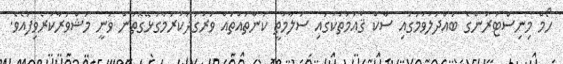
ހޯމް މިނިސްޓަރުންގެ ބައްދަލުވުމުގައި ސާކް ޤައުމުތަކުގައި ސަލާމަތީ ކަންތައްތައް ވަރުގަދަކުރުމާގުޅޭގޮތުން ވަނީ މަޝްވަރާކުރެވިފައެވެ.